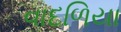
વાદળિયા